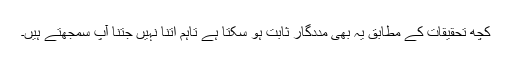
کچھ تحقیقات کے مطابق یہ بھی مددگار ثابت ہو سکتا ہے تاہم اتنا نہیں جتنا آپ سمجھتے ہیں۔